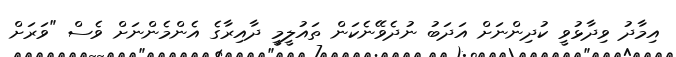
އިމާދު ވިދާޅުވީ ކުދިންނަށް އަދަބު ނުދެވޭނެކަން ތައުލީމީ ދާއިރާގެ އެންމެންނަށް ވެސް "ވަރަށް